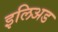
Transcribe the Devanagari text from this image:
इलिअड